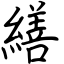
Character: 繕